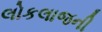
લોકલાજની